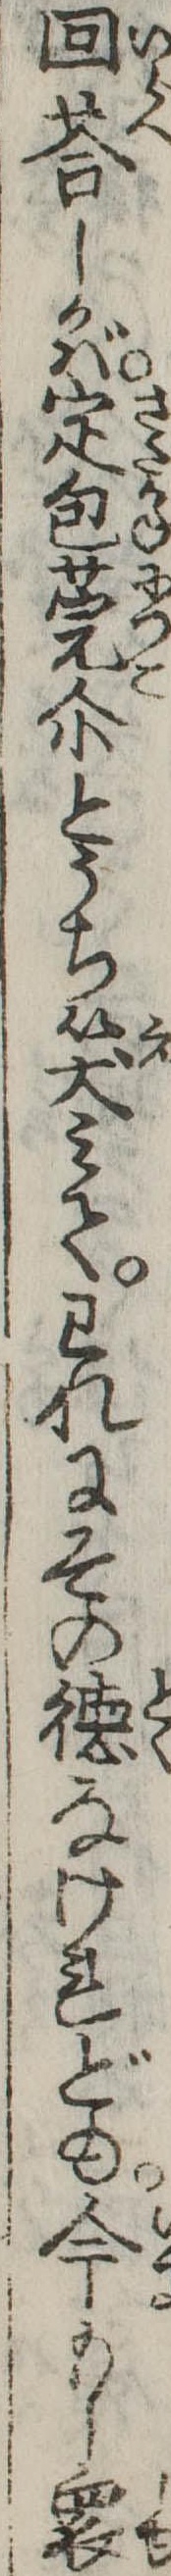
回答しかば定包莞爾とうち笑みてわれにその徳なけれども今もし衆